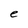
Character: e